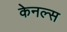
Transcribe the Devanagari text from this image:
केनल्स